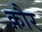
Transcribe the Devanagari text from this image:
क़ौर